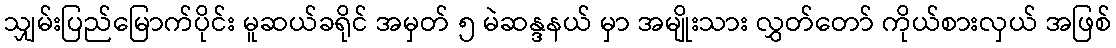
သျှမ်းပြည်မြောက်ပိုင်း မူဆယ်ခရိုင် အမှတ် ၅ မဲဆန္ဒနယ် မှာ အမျိုးသား လွှတ်တော် ကိုယ်စားလှယ် အဖြစ်